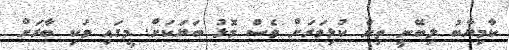
ކާމިޔާބު ލިބޭނީ ތިން ކުޅިވަރަށް ވެސް މޮޅު ބަޔަކަށް. މީގައި ވަކި ބާރަށް